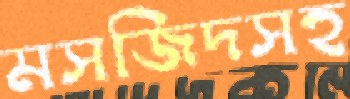
মসজিদসহ